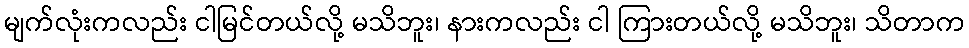
မျက်လုံးကလည်း ငါမြင်တယ်လို့ မသိဘူး၊ နားကလည်း ငါ ကြားတယ်လို့ မသိဘူး၊ သိတာက